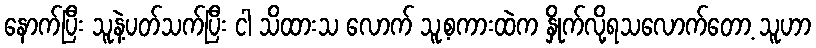
နောက်ပြီး သူနဲ့ပတ်သက်ပြီး ငါ သိထားသ လောက် သူ့စကားထဲက နှိုက်လို့ရသလောက်တော့ သူဟာ